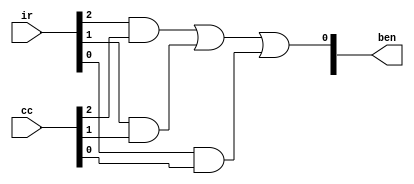
`timescale 1ns / 1ps
//////////////////////////////////////////////////////////////////////////////////
// Company: 
// Engineer: 
// 
// Design Name: 
// Module Name: ben_logic
// Project Name: 
// Target Devices: 
// Tool Versions: 
// Description: 
// 
// Dependencies: 
// 
// Revision:
// Revision 0.01 - File Created
// Additional Comments:
// 
//////////////////////////////////////////////////////////////////////////////////


module ben_logic(
    input [11:9] ir,
    input [15:0] cc,
    output [15:0] ben
    );
    
    wire n_and, z_and, p_and;
    
    and (n_and, ir[11], cc[2]);
    and (z_and, ir[10], cc[1]);
    and (p_and, ir[9], cc[0]);
    
    or (ben[0], n_and, z_and, p_and);
    
endmodule